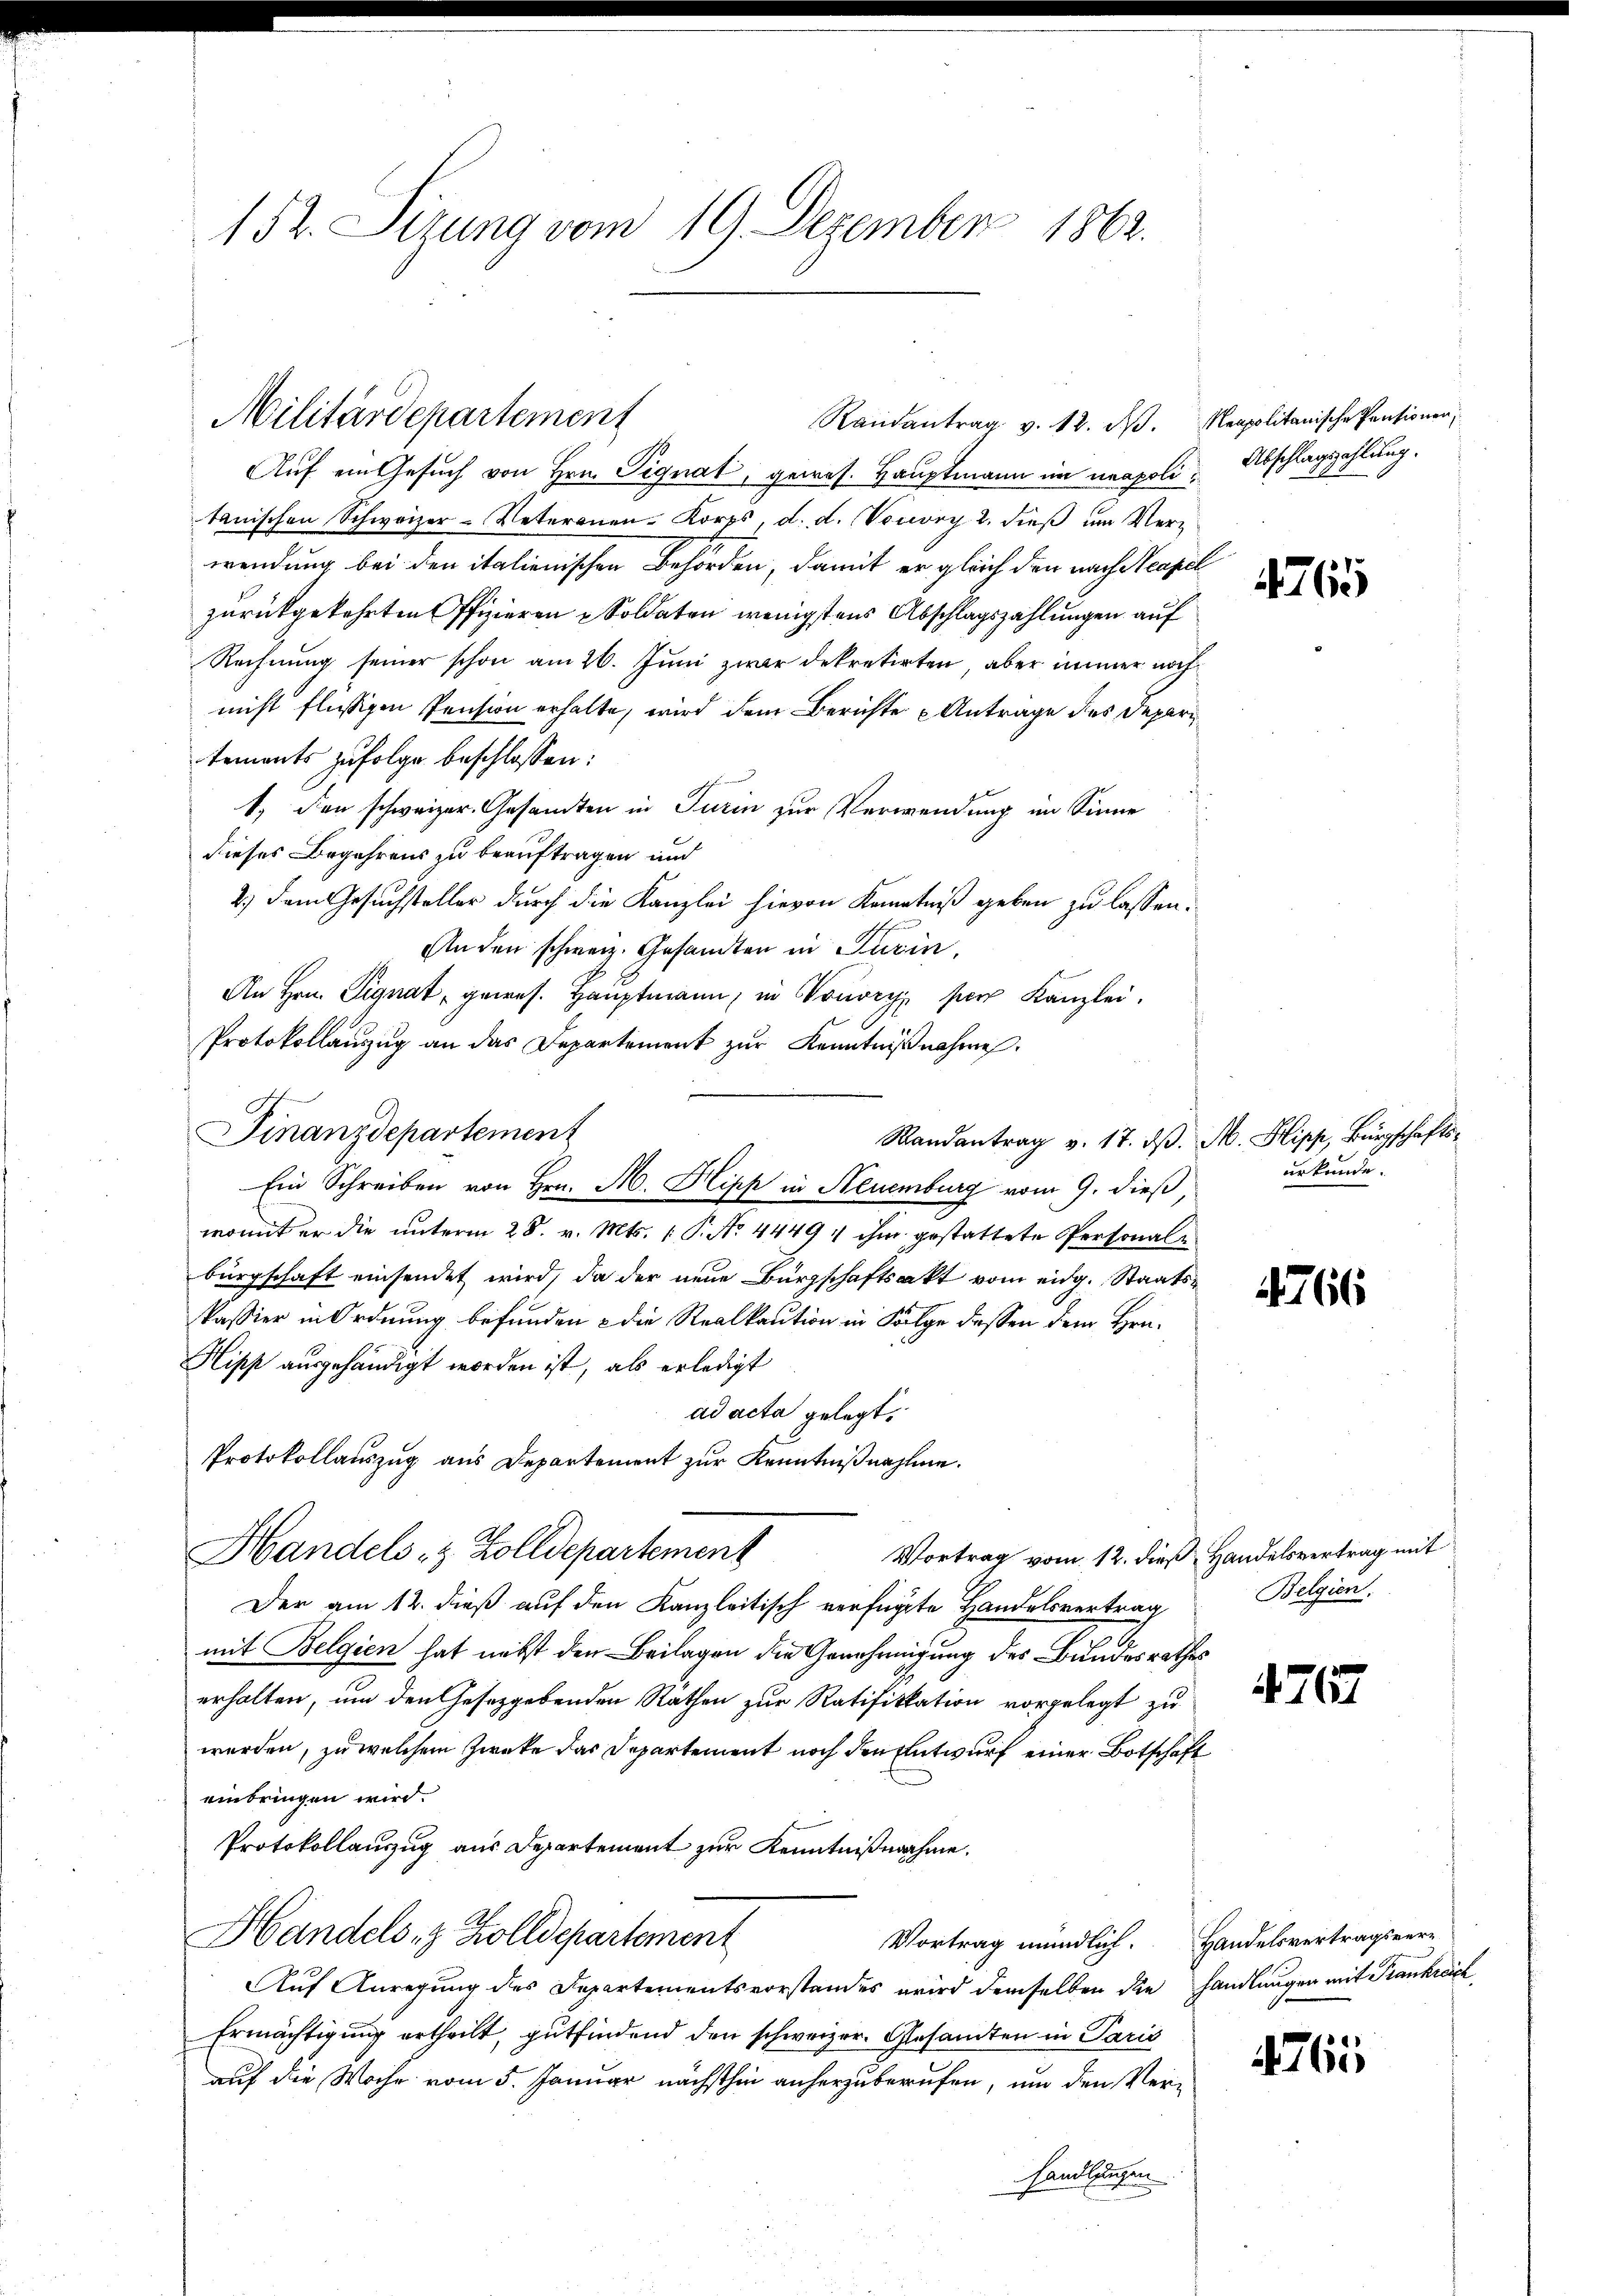
152. Sitzung vom 19. Dezember 1862.

Militärdepartement
Randantrag v. 12. d. Meapolitanische Pensionen,

Auf ein Gesuch von Hrn. Signat, gewes. Hauptmann im neapoli, Abschlagszahlung.
tanischen Schweizer-Veteranen-Korps, d. d. Veuvry 2. dieß um Verwendung bei den italienischen Behörden, damit er gleich den nach Neapel
zurückgekehrten Offizieren Soldaten wenigstens Abschlagszahlungen auf
Rechnung seiner schon am 26. Juni zwar dekretirten, aber immer nachnicht flüssigen Pension erhalte, wird dem Berichte Antrage des Depari
tements zufolge beschlossen:
1, den schweizer. Gesandten in Turin zur Verwendung im Sinne
dieses Begehrens zu beauftragen und
2.) Dem Gesuchsteller durch die Kanzlei hievon Kenntniß geben zu lassen.
An den schweiz. Gesamten in Turin,
An Hrn. Signat, gewes. Haŭptmann, in Vouvry per Kanzlei.
Protokollauszug an das Departement zur Kenntnißnahme.
Finanzdepartement
Randantrag v. 17. d. M. Stipp, Bürgschafts-
Ein Schreiben von Hrn. M. Hipp in Neuenburg vom 9. dieß,
womit er die unterm 28. v. Mts. P. No. 4449 u ihm gestattete Personalbürgschaft einsendet wird, da der neue Bürgschaftsakt vom eidg. Staats¬
Passier in Ordnung befunden & die Realkaution in Folge dessen dem Hrn.
Hipp ausgehändigt worden ist, als erledigt
ad acta gelegt.
Protokollauszug aus Departement zur Kenntnißnahme.
Handels- & Zolldepartement
Vortrag vom 12. dieß Handelsvertrag mit
Der am 12. dieß auf den Kanzleitisch verfügte Handelsvertrag
7
mit Belgien hat nebst den Beilagen die Genehmigung des Bundesrathes
erhalten, um den Gesetzgebenden Räthen zur Ratifikation vorgelegt zu
werden, zu welchem Zwecke das Departement noch den Entwurf einer Botschaft
einbringen wird.
Protokollauszug aus Departement zur Kenntnißnahme.
Handels- & Zolldepartement
Vortrag mündlich. Handelsvertragsver¬
Auf Anregung des Departementsvorstandes wird demselben die handlungen mit Frankreich
Ermächtigung ertheilt, gutfindend den schweizer. Gesamten in Paris
auf die Woche vom 5. Januar nächsthin anherzuberufen, um den Verhandlungen.

4765

urkunde.

766

Belgien.

476

765